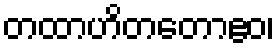
တထာဟိတတောဧဝ၊